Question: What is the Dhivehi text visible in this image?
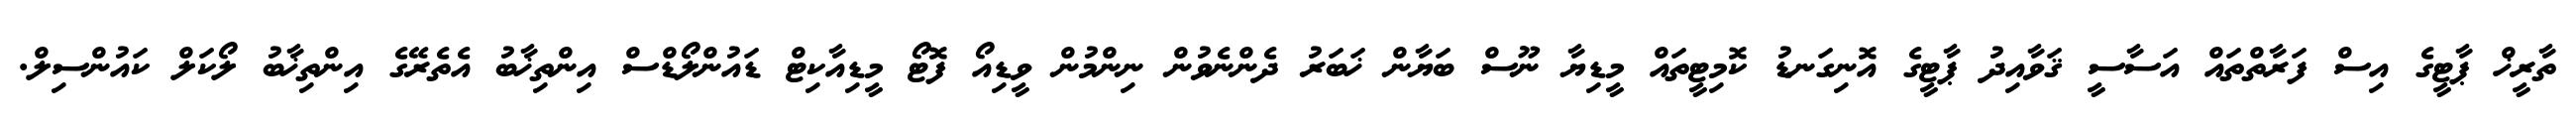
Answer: ތާރީޚް ޕާޓީގެ އިސް ފަރާތްތައް އަސާސީ ޤަވާއިދު ޕާޓީގެ އޮނިގަނޑު ކޮމިޓީތައް މީޑިޔާ ނޫސް ބަޔާން ޚަބަރު ދެންނެވުން ނިންމުން ވީޑިއޯ ފޮޓޯ މީޑިއާކިޓް ޑައުންލޯޑްސް އިންތިޚާބު އެތެރޭގެ އިންތިޚާބު ލޯކަލް ކައުންސިލް.